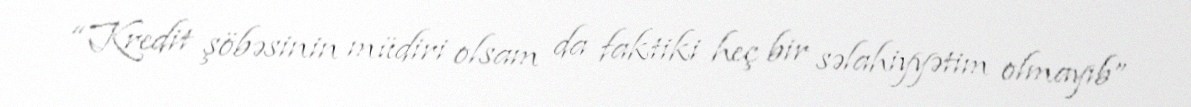
“Kredit şöbəsinin müdiri olsam da faktiki heç bir səlahiyyətim olmayıb”